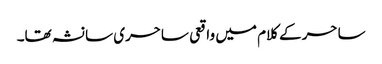
ساحر کے کلام میں واقعی ساحری سا نشہ تھا۔